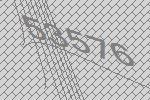
53576